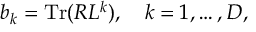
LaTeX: b _ { k } = \mathrm { T r } ( R L ^ { k } ) , \quad k = 1 , \ldots , D ,